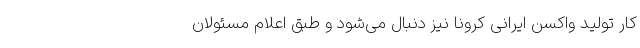
کار تولید واکسن ایرانی کرونا نیز دنبال می‌شود و طبق اعلام مسئولان